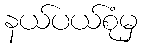
နယ်ပယ်စုံမှ